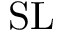
\mathrm { S L }